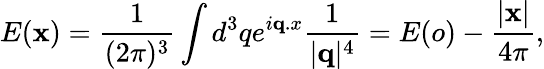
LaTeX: E({\mathbf x})=\frac{1}{(2\pi)^{3}}\int d^{3}qe^{i{\mathbf q.x}}\frac{1}{|{\mathbf q}|^{4}}=E(o)-\frac{|{\mathbf x}|}{4\pi},